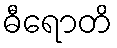
ဓီရောတိ